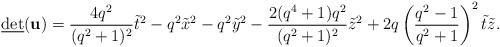
LaTeX: \begin{align*}\underline{\mbox{det}} (\mbox{\bf u}) = \frac{4q^2}{(q^2 +1)^2}\tilde{t}^2 - q^2 \tilde{x}^2 -q^2 \tilde{y}^2 - \frac{2(q^4 +1)q^2}{(q^2 +1)^2} \tilde{z}^2 +2q \left( \frac{q^2 -1}{q^2 +1}\right)^2 \tilde{t} \tilde{z} .\end{align*}